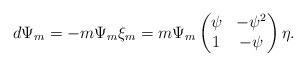
LaTeX: \begin{align*}d\Psi_{m} = -m\Psi_{m}\xi_{m} = m\Psi_{m}\begin{pmatrix} \psi & -\psi^{2} \\ 1 &-\psi\end{pmatrix}\eta.\end{align*}